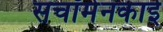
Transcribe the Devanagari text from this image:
सचॉमेनकाई